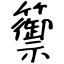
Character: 籞